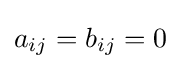
a_{ij}=b_{ij}=0